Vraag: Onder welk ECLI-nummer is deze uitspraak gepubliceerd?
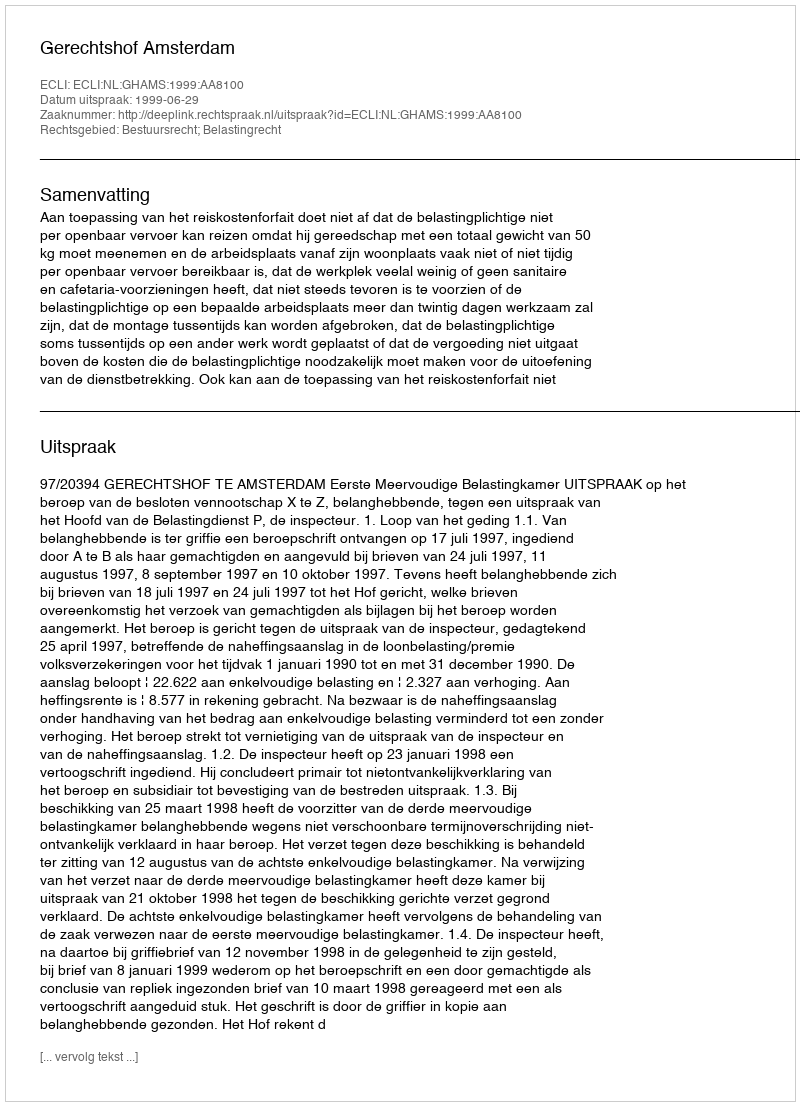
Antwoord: ECLI:NL:GHAMS:1999:AA8100